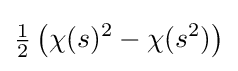
{\tfrac {1}{2}}\left(\chi (s)^{2}-\chi (s^{2})\right)